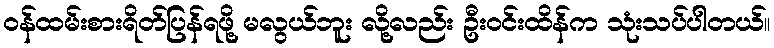
ဝန်ထမ်းစားရိတ်ပြန်ရဖို့ မလွယ်ဘူး လို့လည်း ဦးဝင်းထိန်က သုံးသပ်ပါတယ်။